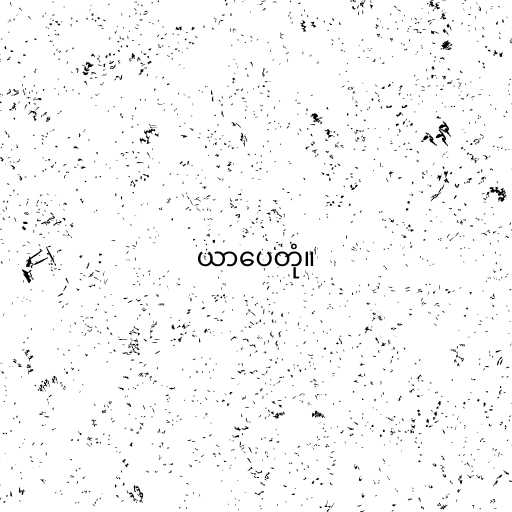
ယာပေတုံ။